Annual report on the working of the lock hospitals in the Central Provinces
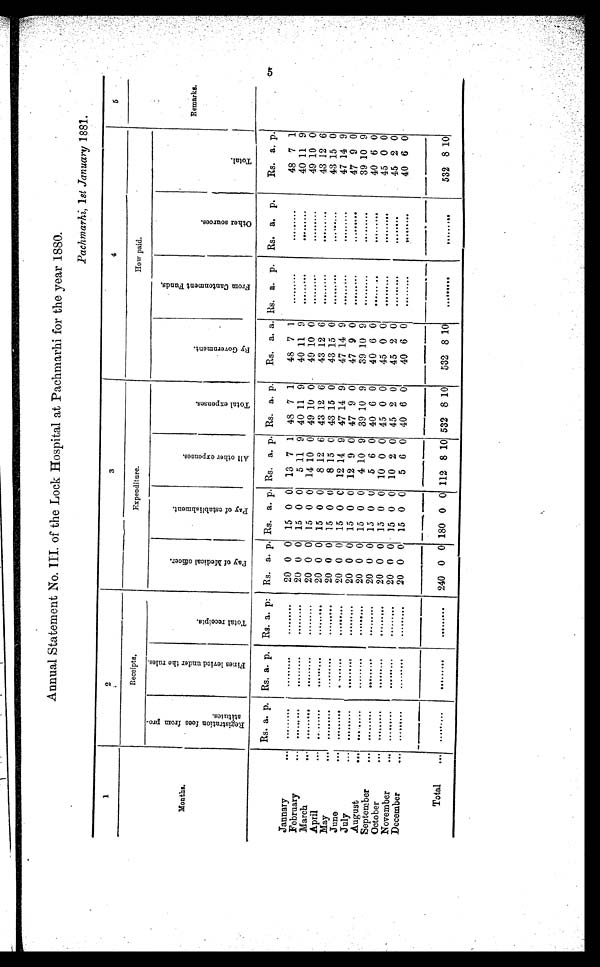
Annual Statement No. III. of the Lock Hospital at Pachmarhi for the year 1880.
Pachmarhi, 1 st January 1881.
1
2
3
4
5
Months.
Receipts.
F.xpenditure.
_
How paid.
Remarks.
R e g i s t r a t i o n f e e s f r o m p r o s t i t u t e s .
F i n e s l e v i e d u n d e r t h e r u l e s .
T o t a l r e c e i p t s .
P a y o f M e d i c a l o f f i c e r .
P a y o f e s t a b l i s h m e n t .
All other expenses.
T o t a l e x p e n s e s .
B y G o v e r n m e n t .
F r o m C a n t o n m e n t F u n d s .
O t h e r s o u r c e s .
T o t a l .
Rs. a. p. Rs. a. p.
Rs. a. p.
Rs. a. p. Rs. a. p. Rs. a. p. Rs. a. p.
Rs. a. p. Rs. a. p.
Rs. a. p.
Rs. a. p.
Jannary
•• 6
. . . . . .
. . .
. . . . . .
. . .
. . . . . .
. . . 20 0 0 15 0 0 13 7 1 48 7 1
48 7 1
. . . . . .
. . .
. . .
. . .
. . .
48 7 1
February
•••
. . . . . . . . .
. . . . . .
. . .
. . . . . .
. . . 20 0 0 15 0 0
5 11 9 40 11 9
40 11 9
. . . . . .
. . .
. . .
. . .
. . .
40 11 9
March
•••
. . . . . . . . .
. . . . . .
. . .
. . . . . .
. . . 20 0 0 15 0 0 14 10 0 49 10 0
49 10 0
. . . . . .
. . .
. . .
. . .
. . .
49 10 0
April
•••
. . . . . . ...
. . . . . . . . .
. . . . . .
. . . 20 0 0 15 0 0
8 12 6 43 12 6
43 12 6
. . . . . .
. . .
. . .
. . .
. . .
43 12 6
May
••••
. . . . . . . . .
. . . . . .
. . .
. . . . . .
. . . 20 0 0 15 0 0
8 15 0 43 15 0
43 15 0
. . . . . .
. . .
. . .
. . .
. . .
43 15 0
June
••.
. . . . . . . . .
. . . . . .
. . .
. . . . . .
. . . 20 0 0 15 0
0 12 14 9 47 14 9
47 14 9
. . . . . .
. . .
. . .
. . .
. . .
47 14 9
July
. . . . . . . . .
. . . . . .
. . .
. . . . . .
. . . 20 0 0 15 0 0 12 9 0 47 9 0
47 9 0
. . . . . .
. . .
. . .
. . .
. . .
47 9 0
August
...
. . . . . . . . .
. . . . . .
. . .
. . . . . .
. . . 20 0 0 15 0 0
4 10 9 39 10 9
39 10 9
. . .
. . .
. . .
. . .
. . .
. . .
39 10 9
September
.
. . . . . . . . .
...
. . .
. . .
. . . . . .
. . . 20 0 0 15 0 0
5 6 0 40 6 0
40 6 0
...
. . . ...
. . .
. . .
. . .
40 6 0
October
•••
. . . . . . . . .
. . . . . .
. . .
. . .
. . .
. . . 20 0 0 15 0 0
1
0 0 45 0 0
45 0 0
. . . . . .
. . .
. . .
. . .
. . .
45 0 0
November
••.
. . . . . . . . .
. . . . . .
. . .
. . .
. . .
. . . 20 0 0 15 0 0 10 2 0 45 2 0
45 2 0
...
. . . . . .
. . . ...
. . .
45 2 0
December
. . . . . . . . .
. . .
. . .
. . .
. . .
. . .
. . . 20 0
0 15 0 0
5 6 0 40 6 0
40 6 0
. . . . . .
. . .
. . . . . .
. . .
40 6 0
Total
—.
...
. . .
...
. . . . . .
. . .
. . .
. . .
. . .
240 0 0 180 0 0 112 8 10 532 8 10
532 8 10
. . . . . .
...
. . .
. . .
. . .
532 8 10
5